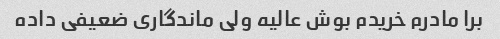
برا مادرم خریدم بوش عالیه ولی ماندگاری ضعیفی داده